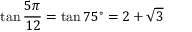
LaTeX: \tan { \frac { 5 \pi } { 1 2 } } = \tan 7 5 ^ { \circ } = 2 + { \sqrt { 3 } }